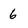
Character: 6